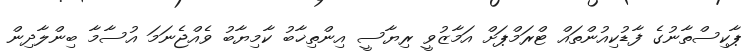
ޕާކިސްތާނުގެ ފާޑުކިއުންތައް ޓްރަމްޕަށް އަމާޒުވީ ރިޔާސީ އިންތިޚާބު ކާމިޔާބު ވެއްޖެނަމަ އުސާމާ ބިންލާދިން